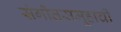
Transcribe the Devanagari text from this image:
संगीतसमूहाची